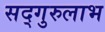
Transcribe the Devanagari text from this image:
सद्‌गुरुलाभ